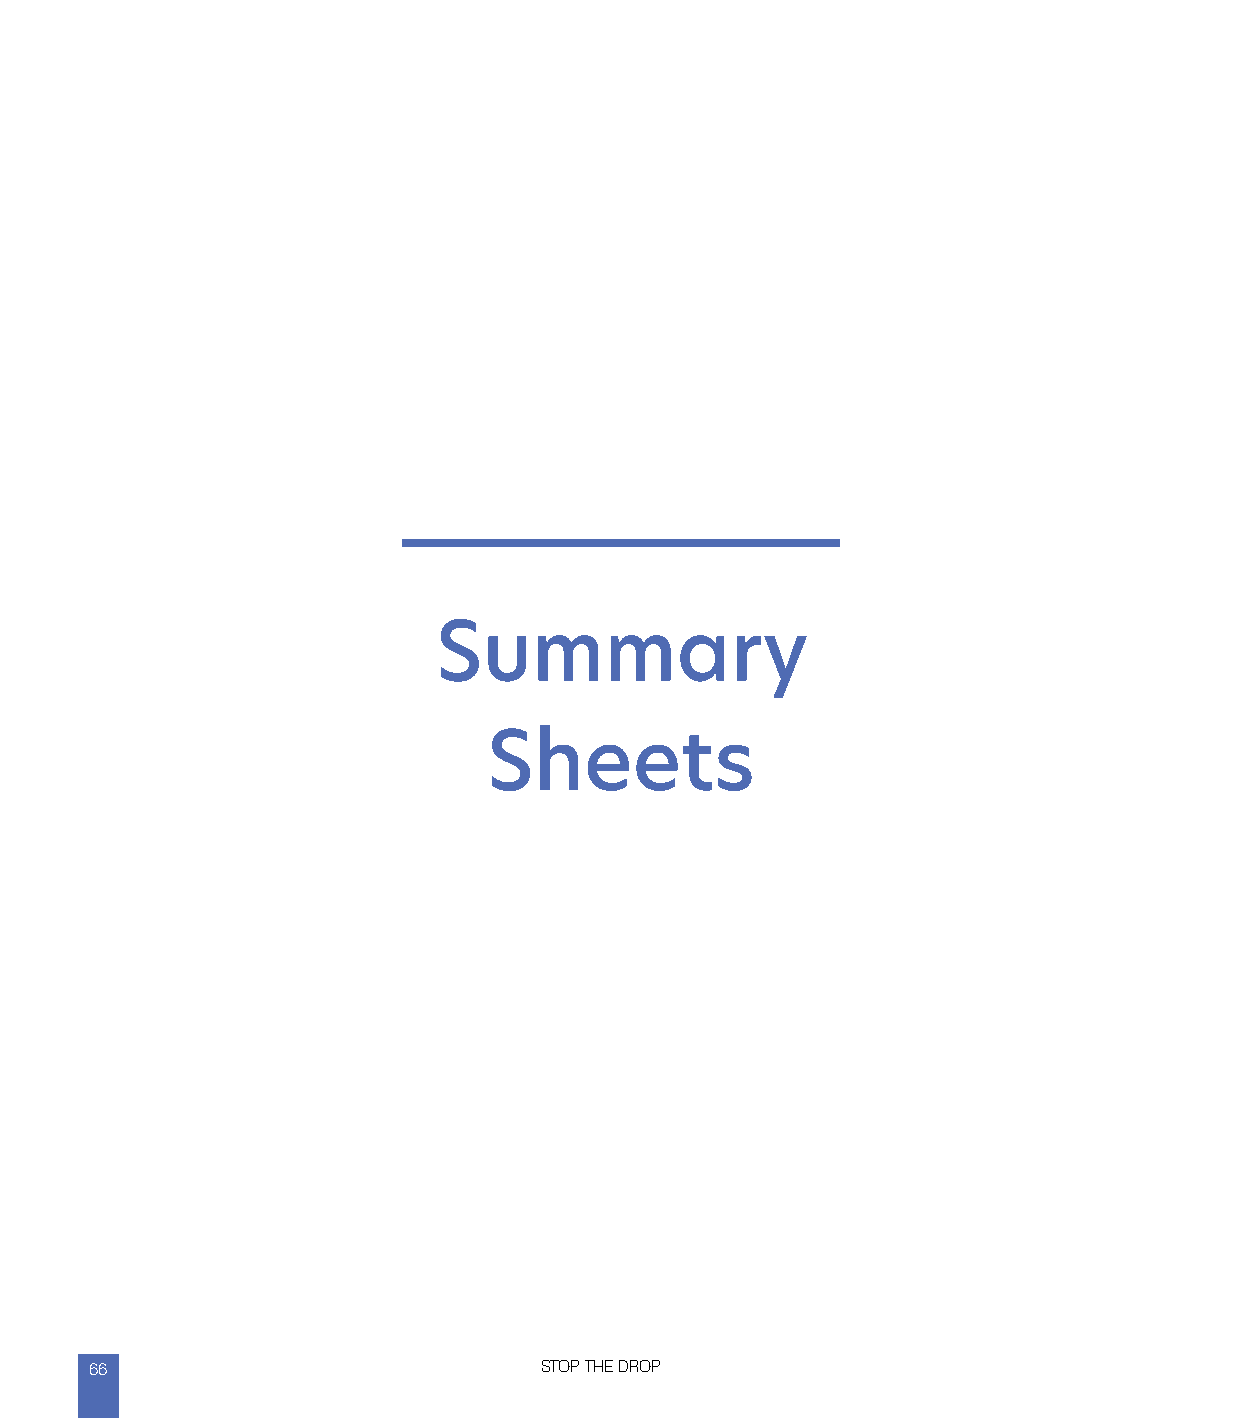
Summary
 Sheets
 66                            STOP THE DROP